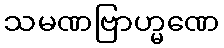
သမဏဗြာဟ္မဏေ